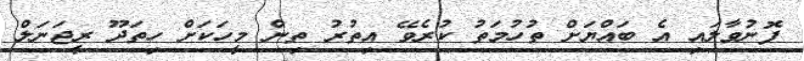
ފޮނުވާލައި އެ ބައްޔަށް ތުހުމަތު ކުރެވޭ އިތުރު ތިން މީހަކަށް ހިތަދޫ ރީޖަނަލް